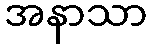
အနာသာ